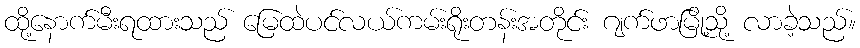
ထို့နောက်မီးရထားသည် မြေထဲပင်လယ်ကမ်းရိုးတန်းအတိုင်း ဂျက်ဖာမြို့သို့ လာခဲ့သည်။